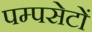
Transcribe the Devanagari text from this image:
पम्पसेटों